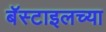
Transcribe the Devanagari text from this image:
बॅस्टाइलच्या